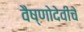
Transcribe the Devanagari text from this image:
वैष्णोदेवीचे